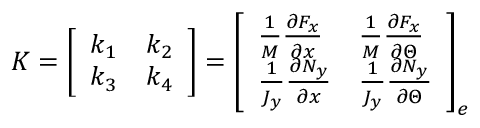
K = \left[ \begin{array} { l l } { k _ { 1 } } & { k _ { 2 } } \\ { k _ { 3 } } & { k _ { 4 } } \end{array} \right] = \left[ \begin{array} { l l } { \frac { 1 } { M } \frac { \partial F _ { x } } { \partial x } } & { \frac { 1 } { M } \frac { \partial F _ { x } } { \partial \Theta } } \\ { \frac { 1 } { J _ { y } } \frac { \partial N _ { y } } { \partial x } } & { \frac { 1 } { J _ { y } } \frac { \partial N _ { y } } { \partial \Theta } } \end{array} \right] _ { e }